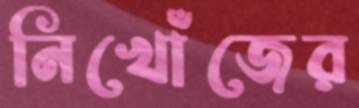
নিখোঁজের